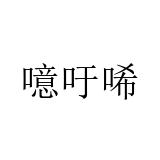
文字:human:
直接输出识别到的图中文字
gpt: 噫吁唏